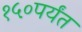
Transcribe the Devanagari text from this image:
१५०पर्यंत